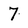
Character: 7